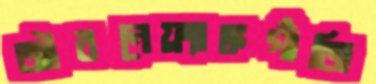
জীবনেফ্র্যাঙ্কগাঁজি